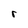
Character: r